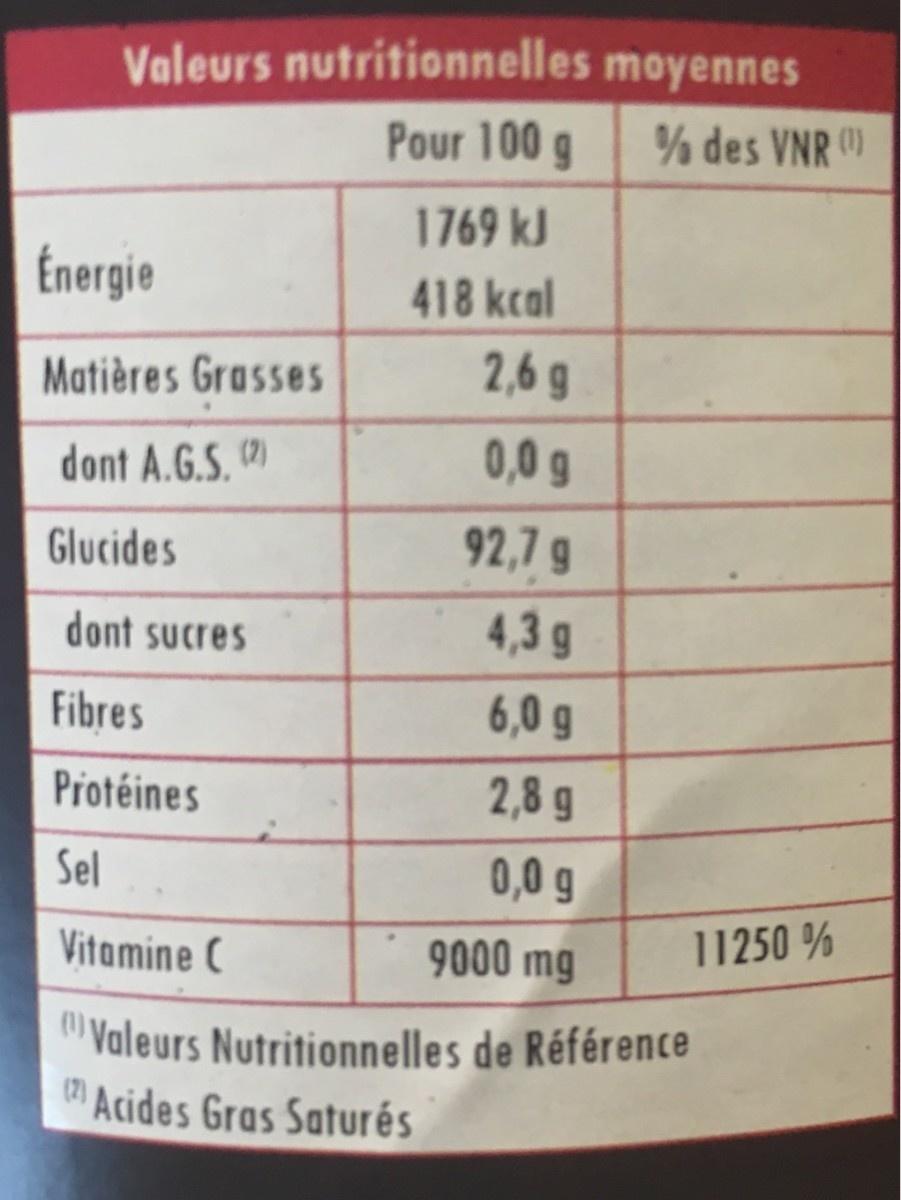
Valeurs nutritionnelles moyennes ½ des VNR ) Pour 100 g 1769 kJ Energie 418 kcal 2,6 g Matières Grasses 0,0 g dont A.G.S.() 92,7g Glucides 4,3 g dont sucres 6,0 g Fibres 2,8 g Protéines 0,0 g Sel 11250 % 9000 mg Vitomine C Valeurs Nutritionnelles de Référence (7) Acides Gras Saturés